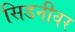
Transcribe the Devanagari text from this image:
सिडनीवर